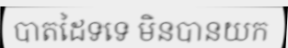
បាតដៃទទេ មិនបានយក